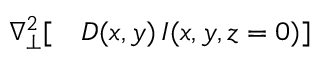
\begin{array} { r l } { \nabla _ { \perp } ^ { 2 } [ } & { { } D ( x , y ) \, I ( x , y , z = 0 ) ] } \end{array}